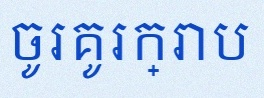
ចូរគូរក្រាប